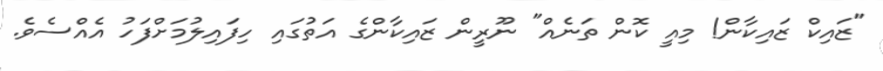
"ޒައިކް ޒައިކާން! މިއީ ކޮން ތަނެއް" ނޫރީން ޒައިކާންގެ އަތުގައި ހިފައިލުމަށްފަހު އެއްސެވެ.